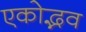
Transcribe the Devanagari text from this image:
एकोद्भव